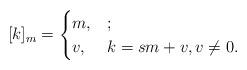
LaTeX: \begin{align*}[k]_{m} = \begin{cases}m, & ;\\v,& k=sm+v,v\not=0.\end{cases}\end{align*}